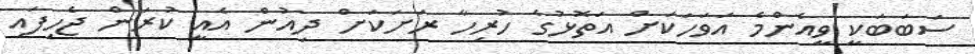
ސަބަބަކީ ވީއެންމެ އަވަހަކަށް އަތޮޅުގެ ހުރިހާ ރަށަކަށް ދިއުން އެއީ ކުރަން ޖެހިފައި